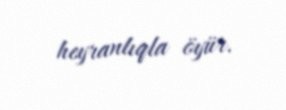
heyranlıqla öyür.